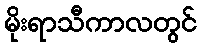
မိုးရာသီကာလတွင်